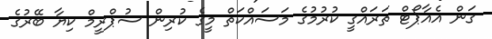
ގަން އެއާޕޯޓް ތަރައްގީ ކުރުމުގެ މަސައްކަތް މީގެ ކުރިން ސުޕްރީމް ކިޔާ ބޭރުގެ